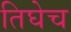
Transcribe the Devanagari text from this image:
तिघेच